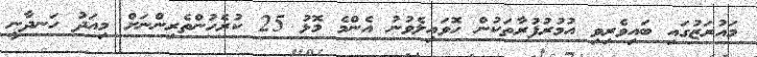
މައުރަޒުގައި ބައިވެރިވި އުމުރުފުރާތަކުން ހޮވައިލެވުނު އެންމެ މޮޅު 25 ކުރެހުންތެރިންނަށް މިއަދު ހަނދާނީ